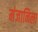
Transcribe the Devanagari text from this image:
मंजानिला